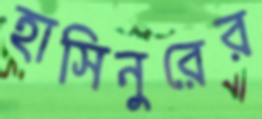
হাসিনুরের